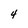
Character: 4